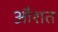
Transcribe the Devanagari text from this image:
औशत